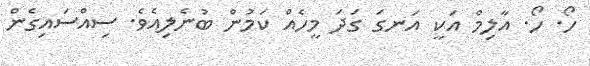
ހޯ. ހޯ. އާލިމް އަކީ އަނގަ ގަދަ މީހެއް ކަމުން ބުނެލިއެވެ. ސިއްސައިގެން